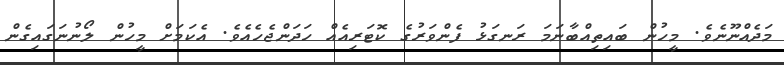
މަދެއްނޫނެވެ. މީހުން ބައިތިއްބާނަމަ ރަނގަޅު ފެންވަރުގެ ކޮޓަރިއެއް ހަދަންޖެހެއެވެ. އެކަމަށް މީހުން ލޯނުނަގައިގެން